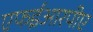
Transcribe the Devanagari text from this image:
एफईआरपीए